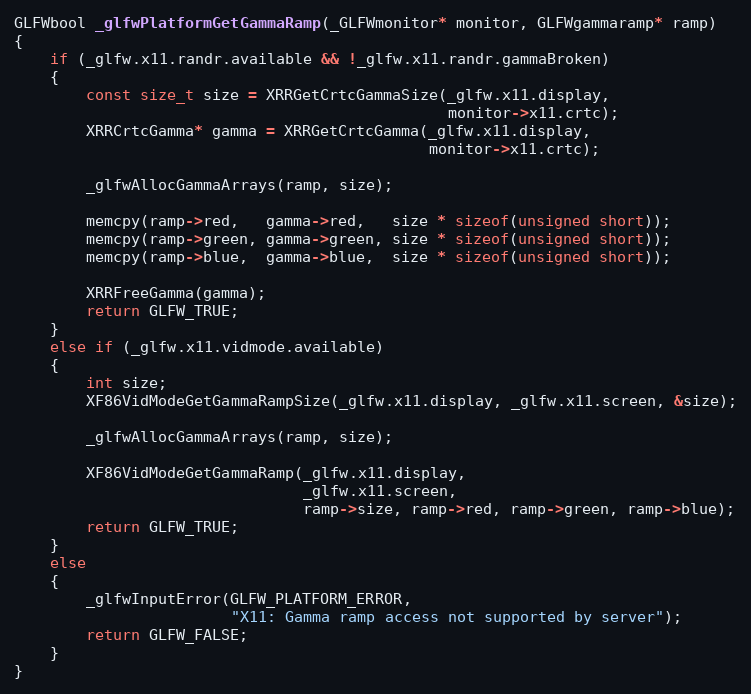
Language: C
GLFWbool _glfwPlatformGetGammaRamp(_GLFWmonitor* monitor, GLFWgammaramp* ramp)
{
    if (_glfw.x11.randr.available && !_glfw.x11.randr.gammaBroken)
    {
        const size_t size = XRRGetCrtcGammaSize(_glfw.x11.display,
                                                monitor->x11.crtc);
        XRRCrtcGamma* gamma = XRRGetCrtcGamma(_glfw.x11.display,
                                              monitor->x11.crtc);

        _glfwAllocGammaArrays(ramp, size);

        memcpy(ramp->red,   gamma->red,   size * sizeof(unsigned short));
        memcpy(ramp->green, gamma->green, size * sizeof(unsigned short));
        memcpy(ramp->blue,  gamma->blue,  size * sizeof(unsigned short));

        XRRFreeGamma(gamma);
        return GLFW_TRUE;
    }
    else if (_glfw.x11.vidmode.available)
    {
        int size;
        XF86VidModeGetGammaRampSize(_glfw.x11.display, _glfw.x11.screen, &size);

        _glfwAllocGammaArrays(ramp, size);

        XF86VidModeGetGammaRamp(_glfw.x11.display,
                                _glfw.x11.screen,
                                ramp->size, ramp->red, ramp->green, ramp->blue);
        return GLFW_TRUE;
    }
    else
    {
        _glfwInputError(GLFW_PLATFORM_ERROR,
                        "X11: Gamma ramp access not supported by server");
        return GLFW_FALSE;
    }
}